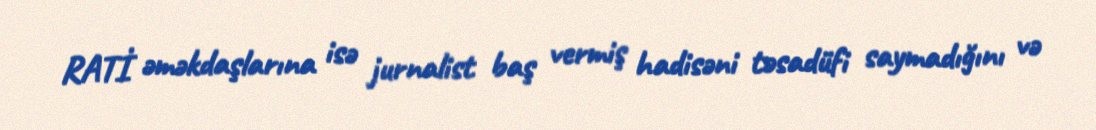
RATİ əməkdaşlarına isə jurnalist baş vermiş hadisəni təsadüfi saymadığını və